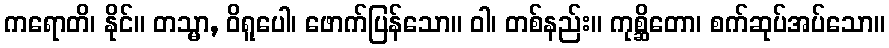
ကရောတိ၊ နိုင်။ တသ္မာ, ဝိရူပေါ၊ ဖောက်ပြန်သော။ ဝါ၊ တစ်နည်း။ ကုစ္ဆိတော၊ စက်ဆုပ်အပ်သော။